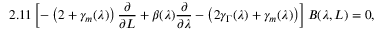
2 . 1 1 \left[ - \left( 2 + \gamma _ { m } ( \lambda ) \right) \frac { \partial } { \partial L } + \beta ( \lambda ) \frac { \partial } { \partial \lambda } - \left( 2 \gamma _ { \Gamma } ( \lambda ) + \gamma _ { m } ( \lambda ) \right) \right] B ( \lambda , L ) = 0 ,